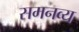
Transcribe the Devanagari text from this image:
समनव्य